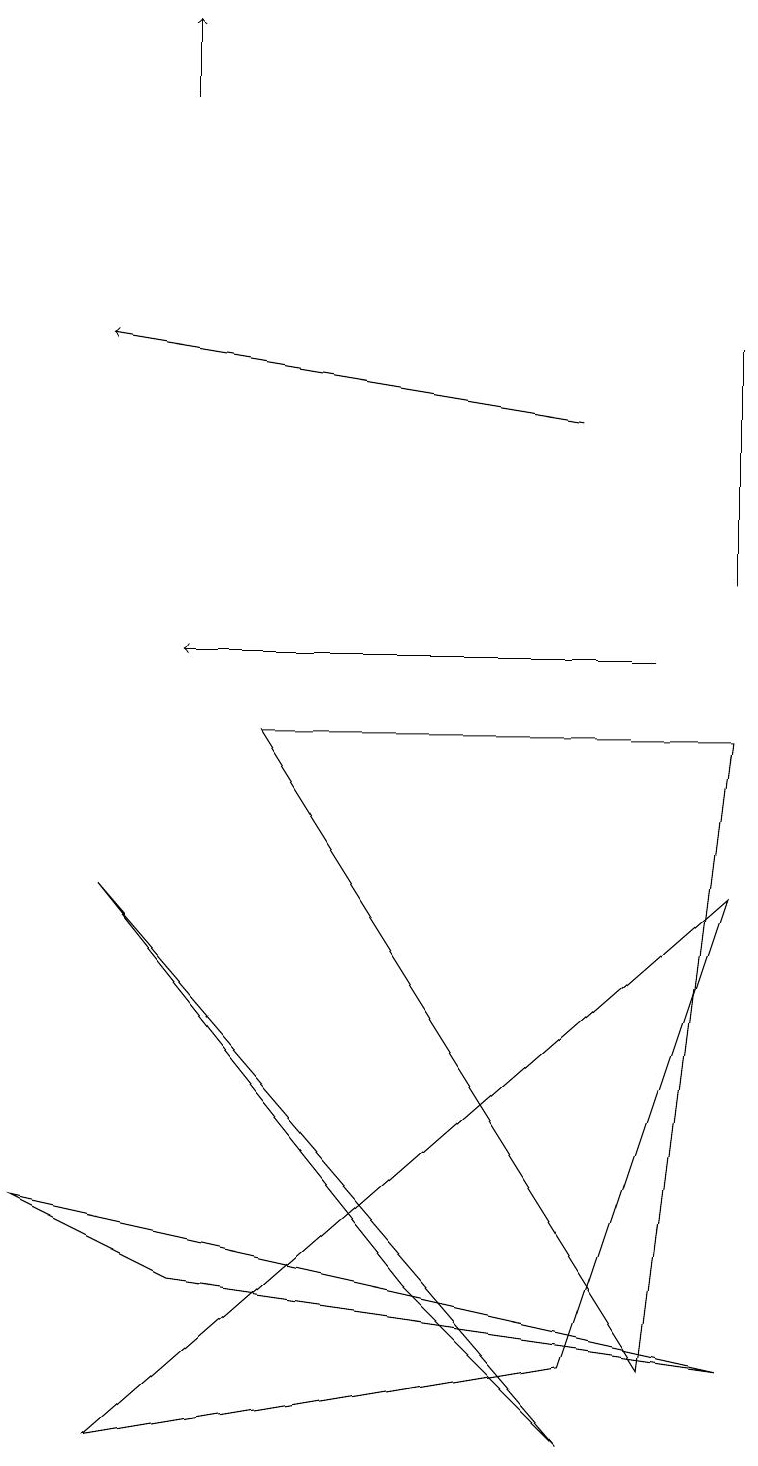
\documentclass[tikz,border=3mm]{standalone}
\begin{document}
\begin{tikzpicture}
\draw[->] (8,10) -- (2,10);
\draw (0,3) -- (9,1) -- (2,2) -- cycle;
\draw (1,7) -- (5,2) -- (7,0) -- cycle;
\draw (8,1) -- (9,9) -- (3,9) -- cycle;
\draw[->] (7,13) -- (1,14);
\draw (9,11) rectangle (9,14);
\draw (9,7) -- (7,1) -- (1,0) -- cycle;
\draw[->] (2,17) -- (2,18);
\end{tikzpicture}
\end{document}